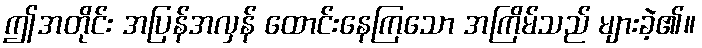
ဤအတိုင်း အပြန်အလှန် ထောင်းနေကြသော အကြိမ်သည် များခဲ့၏။